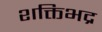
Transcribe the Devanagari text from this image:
शक्तिभद्र